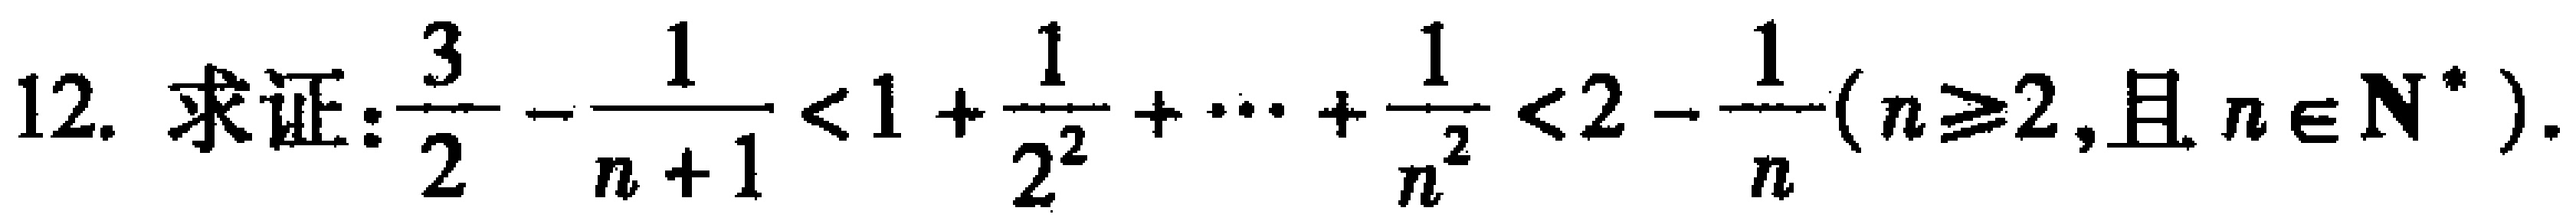
12. 求证:$\frac{3}{2}-\frac{1}{n + 1}<1+\frac{1}{2^{2}}+\cdots+\frac{1}{n^{2}}<2-\frac{1}{n}(n\geq2,且n\in\mathbf{N}^{*})$